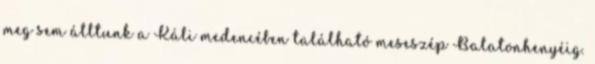
meg sem álltunk a Káli medencében található meseszép Balatonhenyéig.